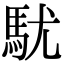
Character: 駀